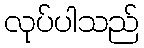
လုပ်ပါသည်